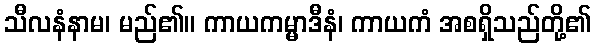
သီလနံနာမ၊ မည်၏။ ကာယကမ္မာဒီနံ၊ ကာယကံ အစရှိသည်တို့၏